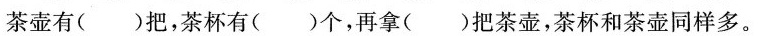
茶壶有( )把，茶杯有 ( )个，再拿( )把茶壶，茶杯和茶壶同样多。